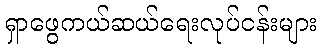
ရှာဖွေကယ်ဆယ်ရေးလုပ်ငန်းများ